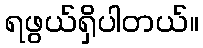
ရဖွယ်ရှိပါတယ်။